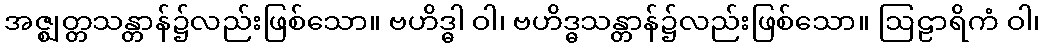
အဇ္ဈတ္တသန္တာန်၌လည်းဖြစ်သော။ ဗဟိဒ္ဓါ ဝါ၊ ဗဟိဒ္ဓသန္တာန်၌လည်းဖြစ်သော။ ဩဠာရိကံ ဝါ၊